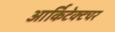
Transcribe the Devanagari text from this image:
आर्किटेक्टचर